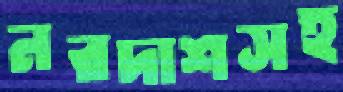
নরদাশসহ